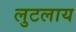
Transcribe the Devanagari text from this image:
लुटलाय